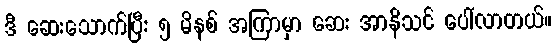
ဒီ ဆေးသောက်ပြီး ၅ မိနစ် အကြာမှာ ဆေး အာနိသင် ပေါ်လာတယ်။